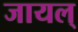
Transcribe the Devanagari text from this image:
जायल्